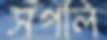
সঁপলি